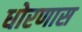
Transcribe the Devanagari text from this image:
धोरणास